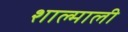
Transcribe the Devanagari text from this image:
शाल्माली